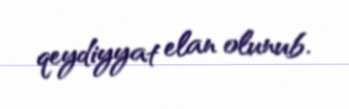
qeydiyyat elan olunub.